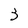
Character: 3